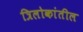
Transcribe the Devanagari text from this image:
त्रिलोकांतील